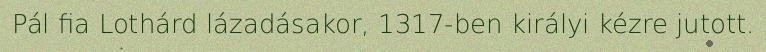
Pál fia Lothárd lázadásakor, 1317-ben királyi kézre jutott.